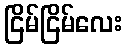
ငြိမ်ငြိမ်လေး